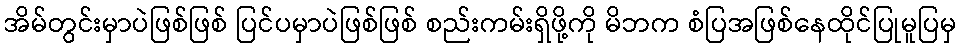
အိမ်တွင်းမှာပဲဖြစ်ဖြစ် ပြင်ပမှာပဲဖြစ်ဖြစ် စည်းကမ်းရှိဖို့ကို မိဘက စံပြအဖြစ်နေထိုင်ပြုမူပြမှ